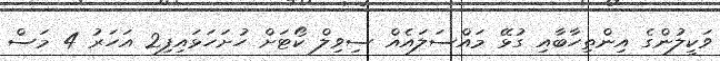
ވަކީލުންގެ އިންތިހާބާއި ގުޅޭ މައްސަލައެއް ސިވިލް ކޯޓަށް ހުށަހަޅައިފި2 އަހަރު 4 މަސް